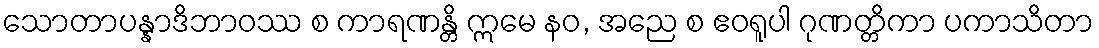
သောတာပန္နာဒိဘာဝဿ စ ကာရဏန္တိ ဣမေ နဝ, အညေ စ ဧဝရူပါ ဂုဏတ္တိကာ ပကာသိတာ